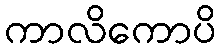
ကာလိကောပိ